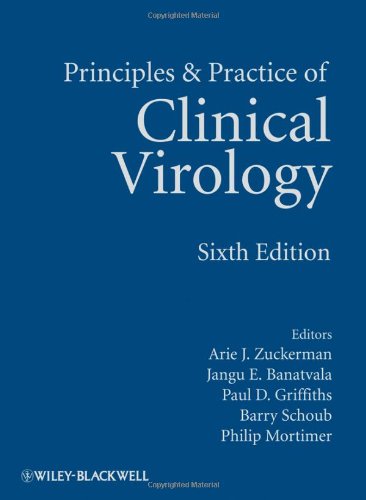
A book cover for Principles and Practice of Clinical Virology; Arie J. Zuckerman; Medical Books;